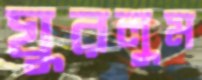
ঘুরলুম